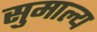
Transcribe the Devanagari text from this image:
सुमाल्य